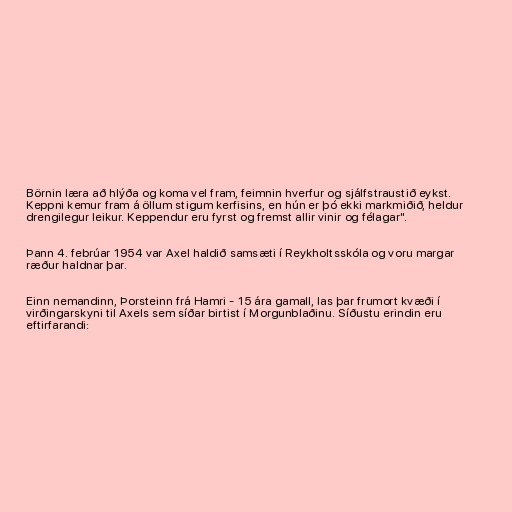
Börnin læra að hlýða og koma vel fram, feimnin hverfur og sjálfstraustið eykst.
Keppni kemur fram á öllum stigum kerfisins, en hún er þó ekki markmiðið, heldur
drengilegur leikur. Keppendur eru fyrst og fremst allir vinir og félagar".

Þann 4. febrúar 1954 var Axel haldið samsæti í Reykholtsskóla og voru margar
ræður haldnar þar.

Einn nemandinn, Þorsteinn frá Hamri - 15 ára gamall, las þar frumort kvæði í
virðingarskyni til Axels sem síðar birtist í Morgunblaðinu. Síðustu erindin eru
eftirfarandi: